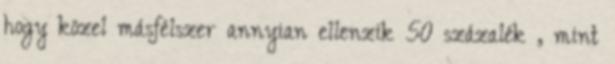
hogy közel másfélszer annyian ellenzik 50 százalék , mint